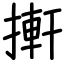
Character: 搟